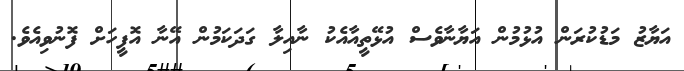
އަޔާޒު މަޑުކުރަން އުޅުމުން އަޔާނާވެސް އުޅޭތީއާއެކު ނާއިލާ ގަދަކަމުން އޭނާ އޮފީހަށް ފޮނުވިއެވެ.